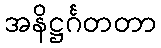
အနိဋ္ဌင်္ဂတတာ